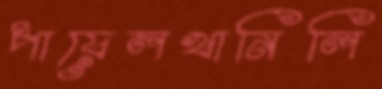
পায়েলখানিলি